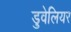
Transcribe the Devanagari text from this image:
डुवेलियर